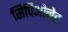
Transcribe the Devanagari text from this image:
सिपिओनेट